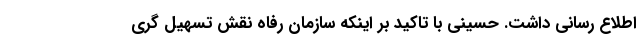
اطلاع رسانی داشت. حسینی با تاکید بر اینکه سازمان رفاه نقش تسهیل گری